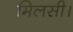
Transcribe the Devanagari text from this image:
मिलसी।